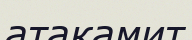
атакамит